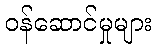
ဝန်ဆောင်မှုများ